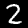
Digit: 2